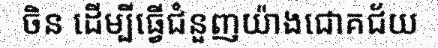
ចិន ដើម្បីធ្វើជំនួញយ៉ាងជោគជ័យ